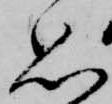
思